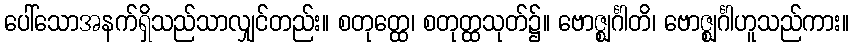
ပေါ်သောအနက်ရှိသည်သာလျှင်တည်း။ စတုတ္ထေ၊ စတုတ္ထသုတ်၌။ ဗောဇ္ဈင်္ဂါတိ၊ ဗောဇ္ဈင်္ဂါဟူသည်ကား။